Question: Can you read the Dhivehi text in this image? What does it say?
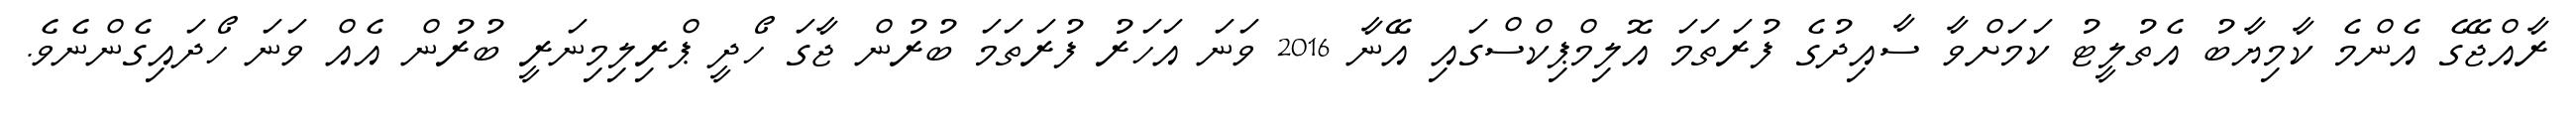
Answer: ރާއްޖޭގެ އެންމެ ކާމިޔާބު އެތުލީޓު ކަމަށްވާ ސާއިދުގެ ފުރަތަމަ އޮލިމްޕިކްސްގައި އޭނާ 2016 ވަނަ އަހަރު ފުރަތަމަ ބުރުން ޖާގަ ހޯދީ ޕްރިލިމިނަރީ ބުރުން އެއް ވަނަ ހޯދައިގެންނެވެ.